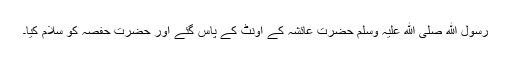
رسول ﷲ صلی ﷲ علیہ وسلم حضرت عائشہ کے اونٹ کے پاس گئے اور حضرت حفصہ کو سلام کیا۔